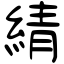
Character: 綪